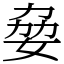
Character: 姭